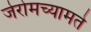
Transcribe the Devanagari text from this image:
जेरोमच्यामते